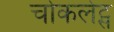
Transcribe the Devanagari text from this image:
चोकलेट्स